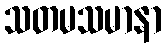
သတမသမာနာ